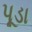
પૂડા